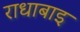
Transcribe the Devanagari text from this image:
राधाबाइ